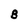
Character: B